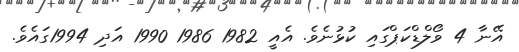
އޭނާ 4 ވޯލްޑްކަޕްގައި ކުޅުނެވެ. އެއީ 1982 1986 1990 އަދި 1994ގައެވެ.